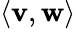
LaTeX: \langle\mathbf{v},\mathbf{w}\rangle